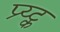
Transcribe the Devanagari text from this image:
प्र्य्ट्क